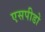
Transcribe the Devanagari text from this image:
एसपीडो